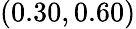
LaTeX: (0.30,0.60)